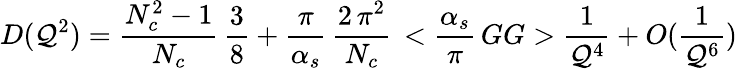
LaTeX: D(\mathcal{Q}^{2})={\frac{{N_{c}^{2}-1}}{{N_{c}}}}\, {\frac{{3}}{{8}}}+{\frac{{\pi}}{{\alpha_{s}}}}\, {\frac{{{2\, \pi}^{2}}}{{N_{c}}}}\, <{{\frac{{\alpha_{s}}}{{\pi}}}\, GG}>{\frac{{1}}{{\mathcal{Q}^{4}}}}+O({\frac{{1}}{{\mathcal{Q}^{6}}}})